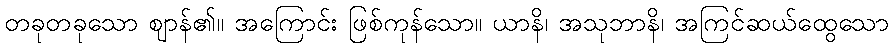
တခုတခုသော ဈာန်၏။ အကြောင်း ဖြစ်ကုန်သော။ ယာနိ၊ အသုဘာနိ၊ အကြင်ဆယ်ထွေသော